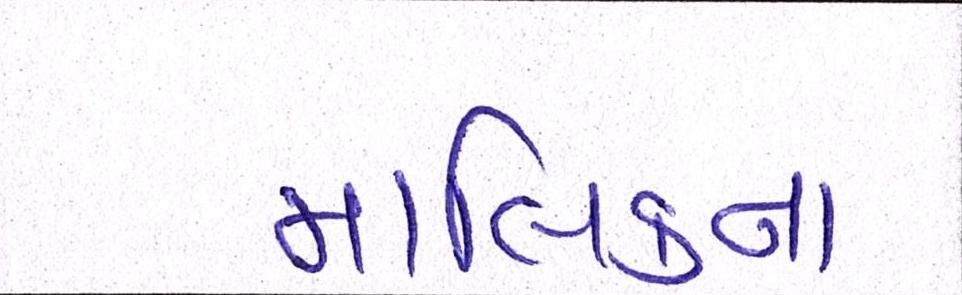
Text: મલિકના